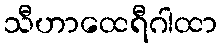
သီဟာထေရီဂါထာ